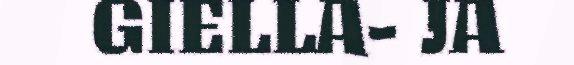
GIELLA- JA